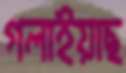
গলাইয়াছ